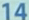
14